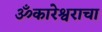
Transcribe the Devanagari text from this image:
ॐकारेश्वराचा